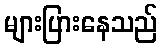
များပြားနေသည်